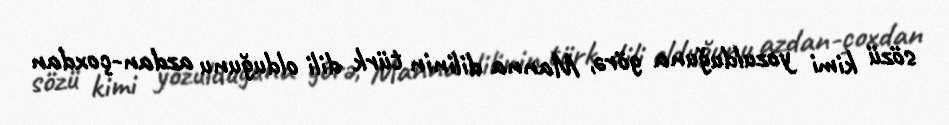
sözü kimi yozulduğuna görə, Manna dilinin türk dili olduğunu azdan-çoxdan